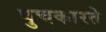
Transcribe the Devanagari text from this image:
पुचकारते